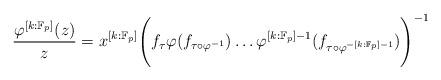
LaTeX: \begin{align*}\frac{\varphi^{[k:\mathbb{F}_p]}(z)}{z} = x^{[k:\mathbb{F}_p]}\Bigg( f_{\tau} \varphi(f_{\tau \circ \varphi^{-1}}) \ldots \varphi^{[k:\mathbb{F}_p]-1}(f_{\tau \circ \varphi^{-[k:\mathbb{F}_p]-1}}) \Bigg)^{-1}\end{align*}